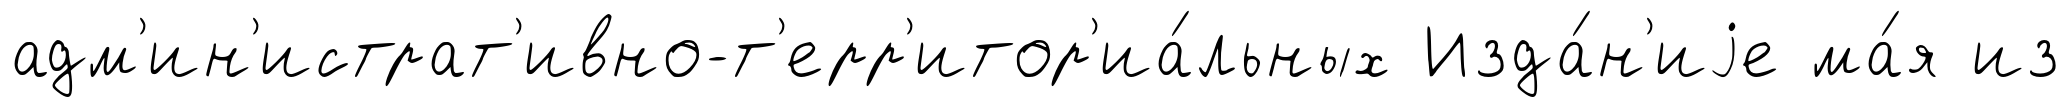
адм'ин'истрат'ивно-т'ерр'итор'иа́льных Изда́н'иjе ма́я из